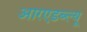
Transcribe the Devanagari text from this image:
आरएडब्ल्यू